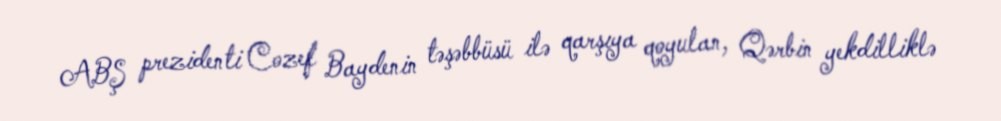
ABŞ prezidenti Cozef Baydenin təşəbbüsü ilə qarşıya qoyulan, Qərbin yekdilliklə